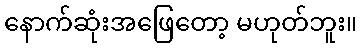
နောက်ဆုံးအဖြေတော့ မဟုတ်ဘူး။